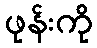
ဖုန်းကို